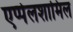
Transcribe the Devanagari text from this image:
एप्पेलशामिल